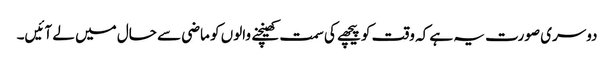
دوسری صورت یہ ہے کہ وقت کو پیچھے کی سمت کھینچنے والوں کو ماضی سے حال میں لے آئیں۔